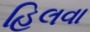
હિલવા